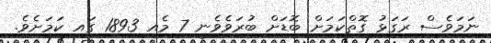
ނަމަވެސް ރަގަޅު ގޮތްކަމަށް ބޮޑަށް ބުރަވެވެނީ 7 މެއި 1893 ގައި ކަމަށެވެ.